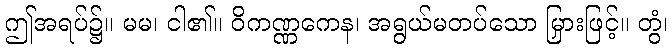
ဤအရပ်၌။ မမ၊ ငါ၏။ ဝိကဏ္ဏကေန၊ အရွယ်မတပ်သော မြှားဖြင့်။ တွံ၊